Black-water fever - Number 35
Disease focus: Fever
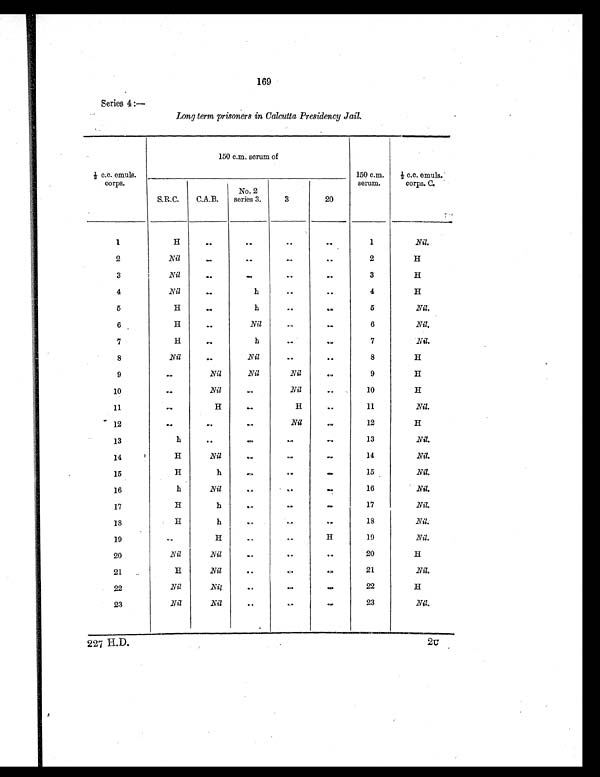
169
Series 4 :—
Long term prisoners in Calcutta Presidency Jail.
½ c.c. emuls.
corps.
150 c.m. serum of
150 c.m.
serum.
½ c.c. emuls.
corps. C.
S.R.C.
C.A.B.
No. 2
series 3.
3
20
1
H
..
..
. .
. .
1
Nil.
2
Nil
. .
..
..
. .
2
H
3
Nil
. .
. .
. .
. .
3
H
4
Nil
. .
h
. .
.
4
H
5
H
. .
h
. .
. .
5
Nil.
6
H
..
Nil
..
..
6
Nil.
7
H
. .
h
. .
. .
7
Nil.
8
Nil
. .
Nil
..
. .
8
H
9
. .
Nil
Nil
Nil
..
9
H
10
..
Nil
. .
Nil
..
10
H
11
. .
H
. .
H
. .
11
Nil.
12
. .
. .
. .
Nil
. .
12
H
13
h
. .
..
. .
. .
13
Nil.
14
H
Nil
. . ..
. .
14
Nil.
15
H
h
..
..
. .
15
Nil.
16
h
Nil
..
. .
..
16
Nil.
17
H
h
..
. .
. .
17
Nil.
18
H
h
. .
. .
. .
18
Nil.
19
. .
H
. .
..
H
19
Nil.
20
Nil
Nil
..
..
..
20
H
21
H
Nil
. .
. .
. .
21
Nil.
22
Nil
Nil
. .
. .
..
22
H
23
Nil
Nil
. .
. .
..
23
Nil.
227 H.D.
2U